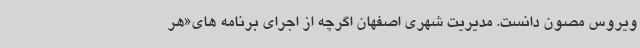
ویروس مصون دانست. مدیریت شهری اصفهان اگرچه از اجرای برنامه های«هر